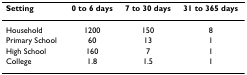
<table><thead><tr><td><b>Setting</b></td><td><b>0 to 6 days</b></td><td><b>7 to 30 days</b></td><td><b>31 to 365 days</b></td></tr></thead><tbody><tr><td>Household</td><td>1200</td><td>150</td><td>8</td></tr><tr><td>Primary School</td><td>60</td><td>13</td><td>1</td></tr><tr><td>High School</td><td>160</td><td>7</td><td>1</td></tr><tr><td>College</td><td>1.8</td><td>1.5</td><td>1</td></tr></tbody></table>